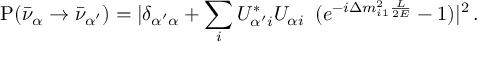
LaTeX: { \mathrm P } ( \bar { \nu } _ { \alpha } \to \bar { \nu } _ { \alpha ^ { \prime } } ) = | \delta _ { { \alpha ^ { \prime } } \alpha } + \sum _ { i } U _ { \alpha ^ { \prime } i } ^ { * } U _ { \alpha i } \, ~ ( e ^ { - i \Delta m _ { i 1 } ^ { 2 } \frac { L } { 2 E } } - 1 ) | ^ { 2 } \, .